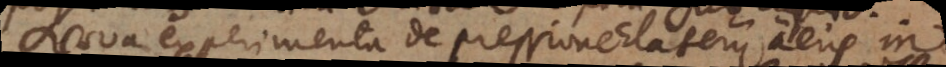
Nova experimenta de pressione Elaterii aeris in